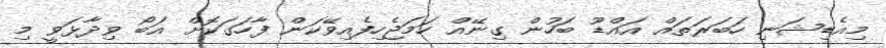
މިއެޑިޝަނި ހަބަރަތައް އައްޑޫ ބަހުން ގިނޭއް ހަމަޖެހިފެއިވޭކަން ފާހަގަކޮށް އަބޯ ވިދާޅަވީ މި